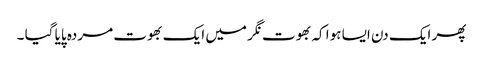
پھر ایک دن ایسا ہوا کہ بھوت نگر میں ایک بھوت مردہ پایا گیا ۔